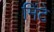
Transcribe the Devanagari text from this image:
मिंटे